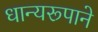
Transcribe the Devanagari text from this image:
धान्‍यरूपाने